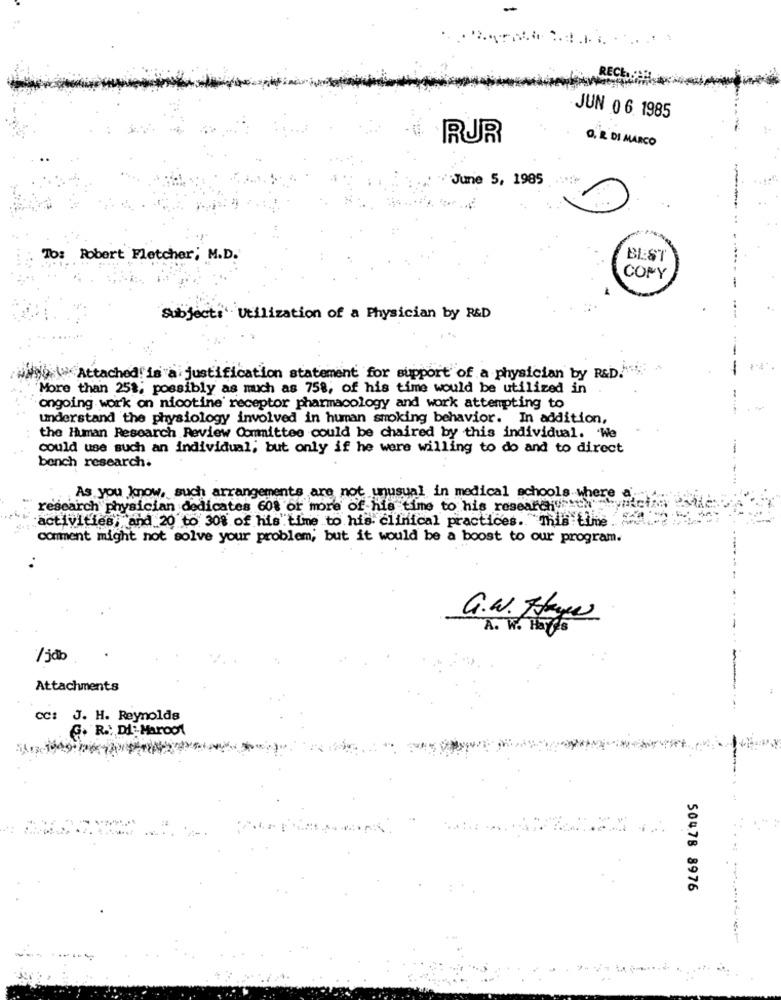
JUN 06. 1985
RUR
O. R. DI MARCO
June 5, 1985
-
To: Robert Fletcher; M.D.
BEST
COPY
Subject:' Utilization of a Physician by R&D
Attached is a justification statement for support of a physician by R&D.
More than 251, possibly as much as 758, of his time would be utilized in
ongoing work on nicotine receptor pharmacology and work attempting to
understand the physiology involved in human smoking behavior. In addition,
the Human Research Review Committee could be chaired by this individual. We
could use such an individual; but only if he were willing to do and to direct
bench research.
As you know, such arrangements are not unusual in medical schools where a
research physician dedicates 608 or more of his time to his research "oh !
activities, "and 20 to 30% of his time to his clinical practices."This time
comment might not solve your problem, but it would be a boost to our program.
G.W. Hayw
A. W. Hayes
/jdb
Attachments
CC: J. H. Reynolds
C. R .: DI- Maroot
50478 8976
...